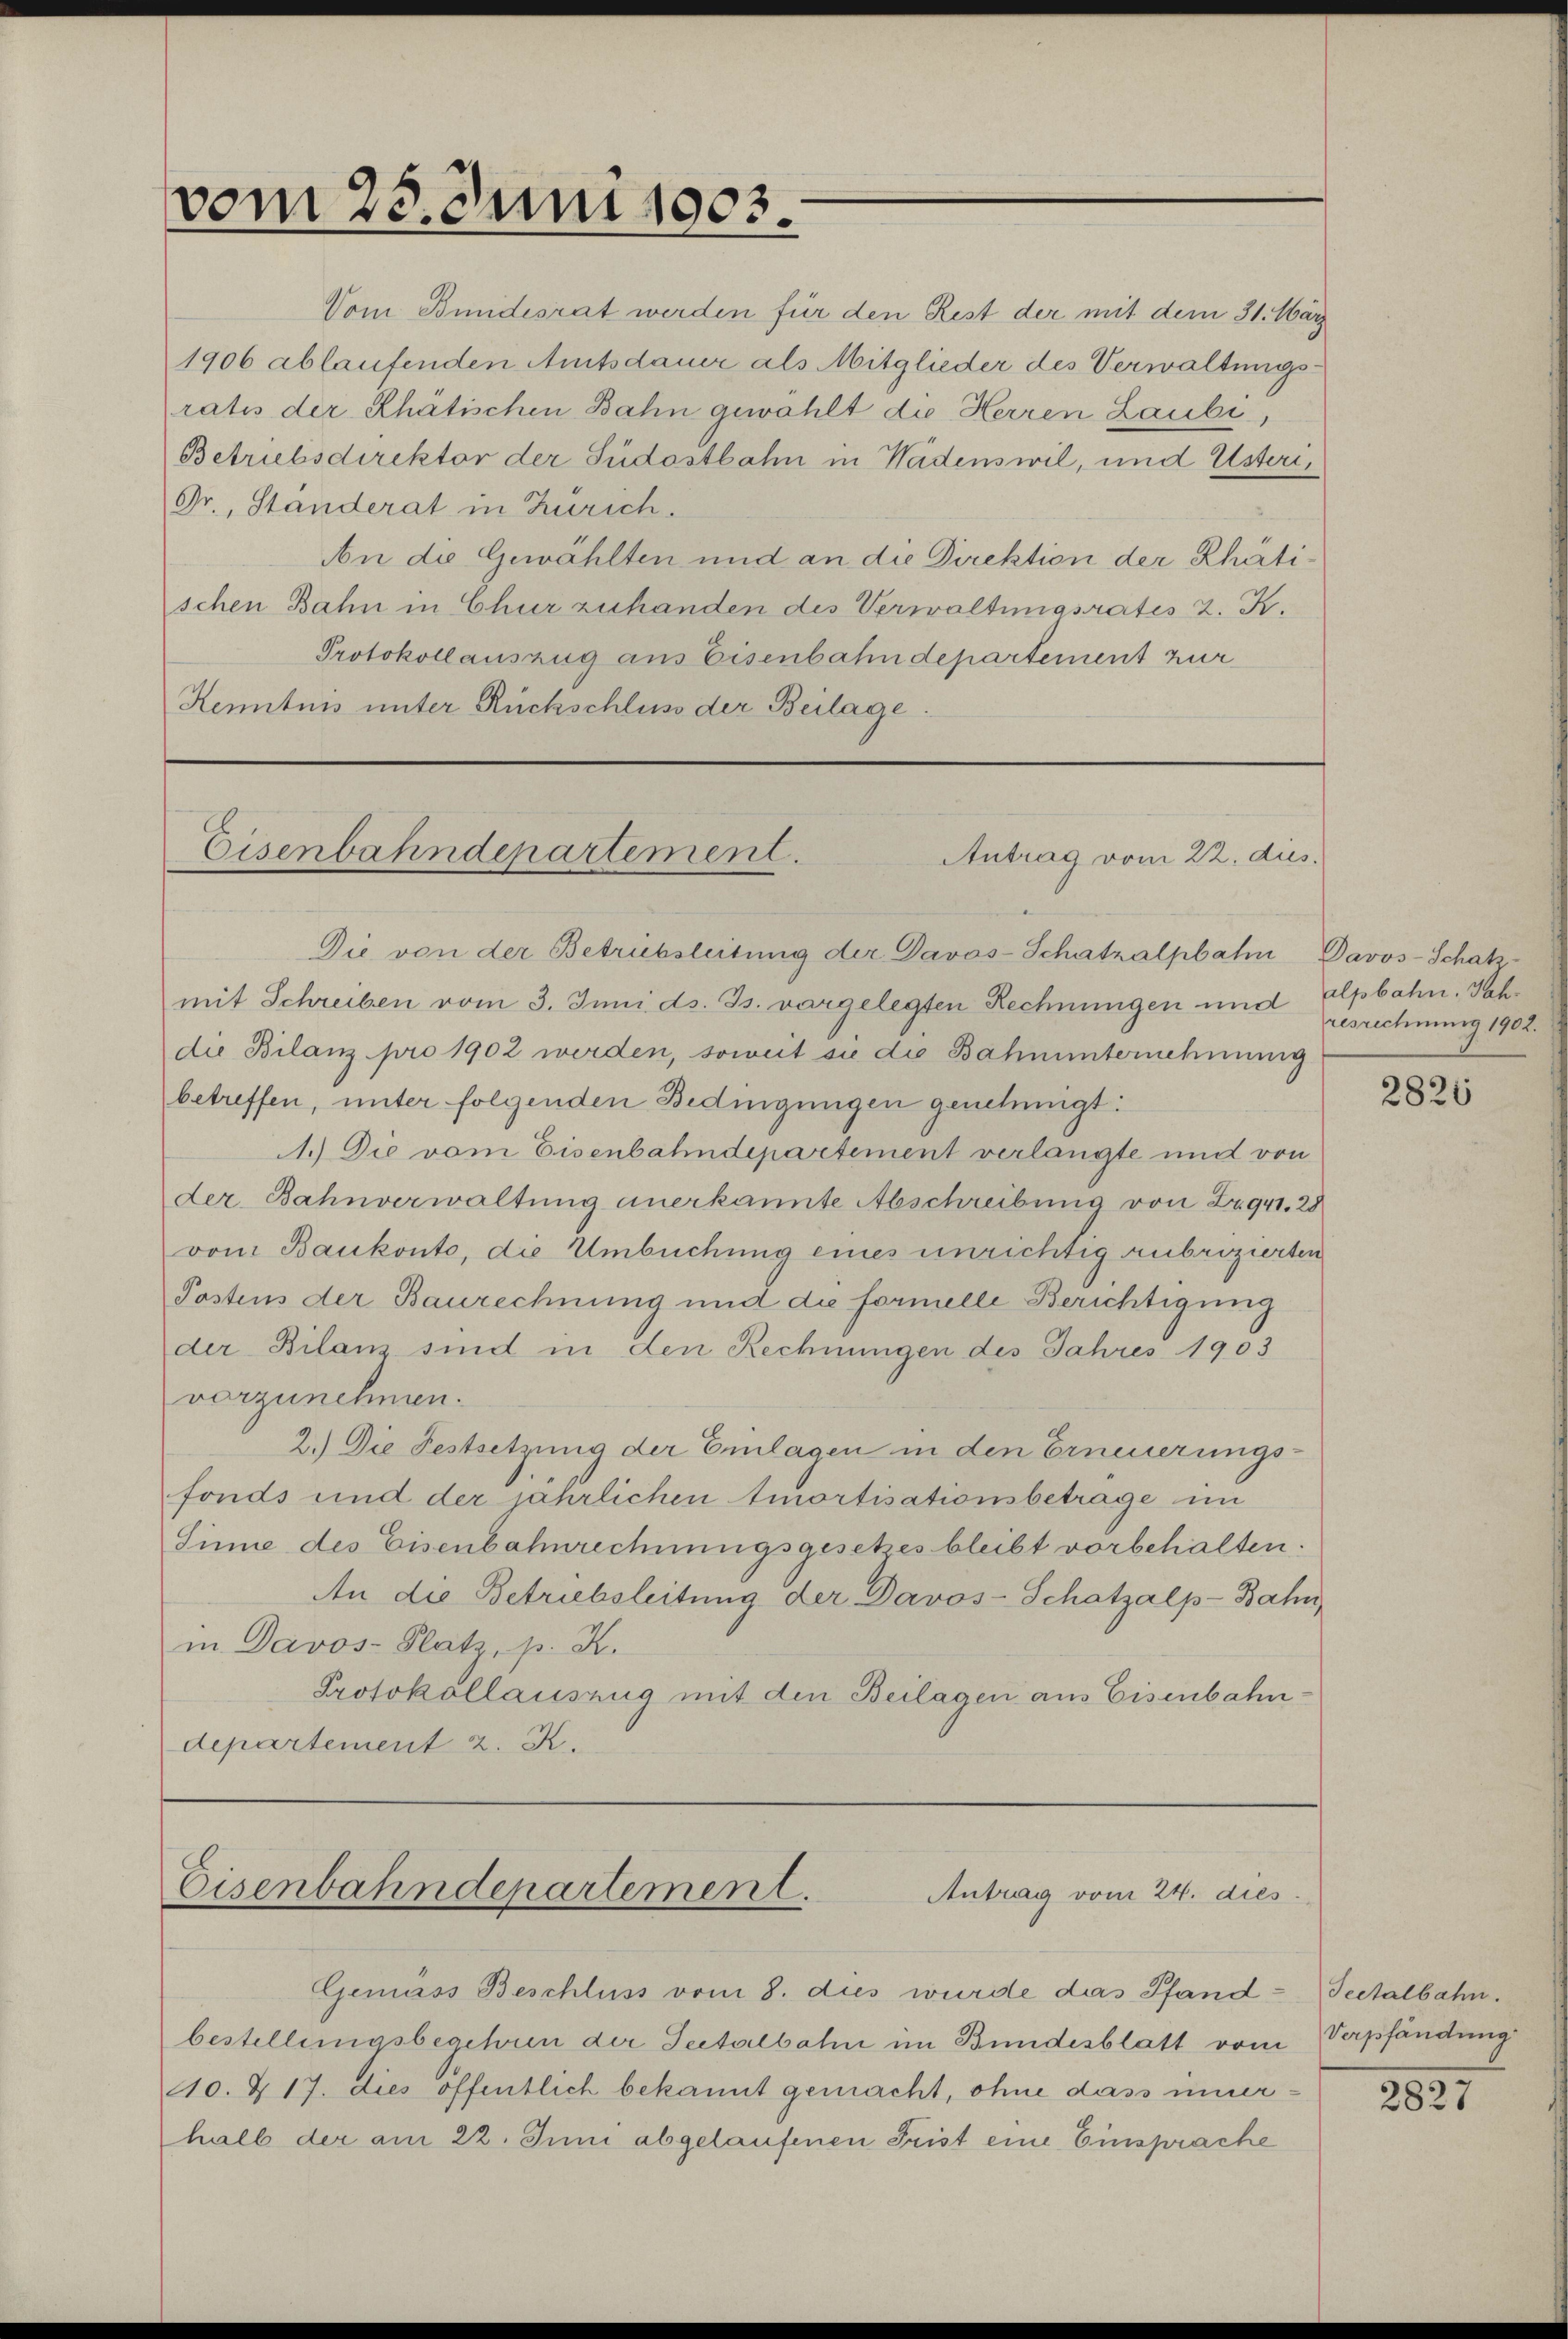
Gr., Ständerat in Zürich.
Kenntnis unter Rückschluss der Beilage.

vom 23. Juni 1903.

Eisenbahndepartement.
Antrag vom 22. dies

Eisenbahndepartement.
Antrag vom 24. dies

Vom Bundesrat werden für den Rest der mit dem 31. März
1906 ablaufenden Amtsdauer als Mitglieder des Verwaltungsratis der Rhätischen Bahn gewählt die Herren Laubi,
Betriebsdirektor der Südostbahn in Wädenswil, und Usteri¬
An die Gewählten und an die Direktion der Rhätischen Bahn in Chur zuhanden des Verwaltungsrates 2. K.
Protokollauszug aus Eisenbahndepartement zur

Die von der Betrübsleitung der Davos-Schatzalpbahn Davos-Schatz-
mit Schreiben vom 3. Juni d. Js. vorgelegten Rechnungen und Alpbahn. Nachdie Bilanz pro 1902 werden, soweit sie die Bahnunternehmung
betreffen, unter folgenden Bedingungen genehmigt:
1.) Die vom Eisenbahndepartement verlangte und von
der Bahnverwaltung anerkannte Abschreibung von 2941. 28
vom Bankonto, die Umbuchung eines unrichtig rubrizierten
Postens der Baurechnung und die formelle Berichtigung
der Bilanz sind in den Rechnungen des Jahres 1903
vorzunehmen.
2.) Die Festsetzung der Einlagen in den Erneuerungs-
fonds und der jährlichen Amortisationsbetrage im
Sinne des Eisenbahnrechnungsgesetzes bleibt vorbehalten.
An die Betriebsleitung der Davos- Schatzalp-Bahn
in Davos- Platz, p. K.
Protokollauszug mit den Beilagen aus Eisenbahndepartement 2. K.

Gemäss Beschluss vom 8. dies wurde das Pfandbestellungsbegehren der Seitalbahn im Bundesblatt vom Verpfändung
110. Z. 17. dies öffentlich bekannt gemacht, ohne dass innerhalb der am 22. Juni abgelaufenen Frist eine Einsprache

resrechnung 1902.

2826

Teetalbahn.

2827